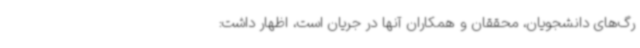
رگ‌های دانشجویان، محققان و همکاران آنها در جریان است، اظهار داشت: